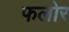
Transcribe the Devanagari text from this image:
फलोर